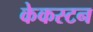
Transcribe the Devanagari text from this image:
केकस्टन